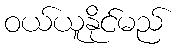
ဝယ်ယူနိုင်မည်